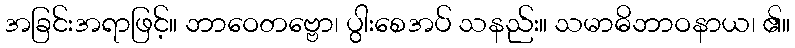
အခြင်းအရာဖြင့်။ ဘာဝေတဗ္ဗော၊ ပွါးစေအပ် သနည်း။ သမာဓိဘာဝနာယ၊ ၏။